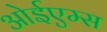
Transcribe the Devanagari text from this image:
ओईएम्स